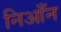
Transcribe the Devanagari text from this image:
निआँन